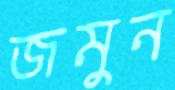
জমুন